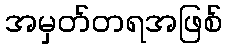
အမှတ်တရအဖြစ်